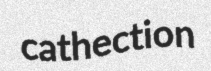
cathection